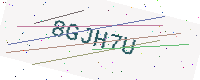
Text: 8GJH7U